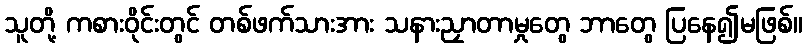
သူတို့ ကစားဝိုင်းတွင် တစ်ဖက်သားအား သနားညှာတာမှုတွေ ဘာတွေ ပြနေ၍မဖြစ်။